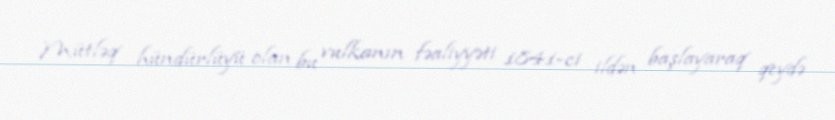
Mütləq hündürlüyü olan bu vulkanın fəaliyyəti 1841-ci ildən başlayaraq qeydə